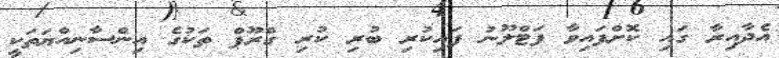
އެދާއިރާ ގައި ކޮށްފައިވާ ފަޓްލޫނު ފައިކުރި ބުރި ކުރި ގްރޫޕް ތަކުގެ އިންސާނިއްޔަތަކީ